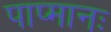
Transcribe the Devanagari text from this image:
पाप्मानः